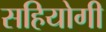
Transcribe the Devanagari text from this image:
सहियोगी